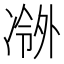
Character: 𫥖